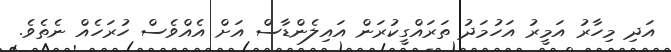
އަދި މިހާރު އަމީރު އަހުމަދު ތަރައްގީކުރަން އައިލެންޑާސް އަށް އެއްވެސް ހުރަހެއް ނެތެވެ.